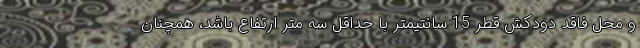
و محل فاقد دودکش قطر 15 سانتیمتر با حداقل سه متر ارتفاع باشد، همچنان